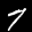
Label: 7